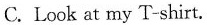
C.Look at my T-shirt.